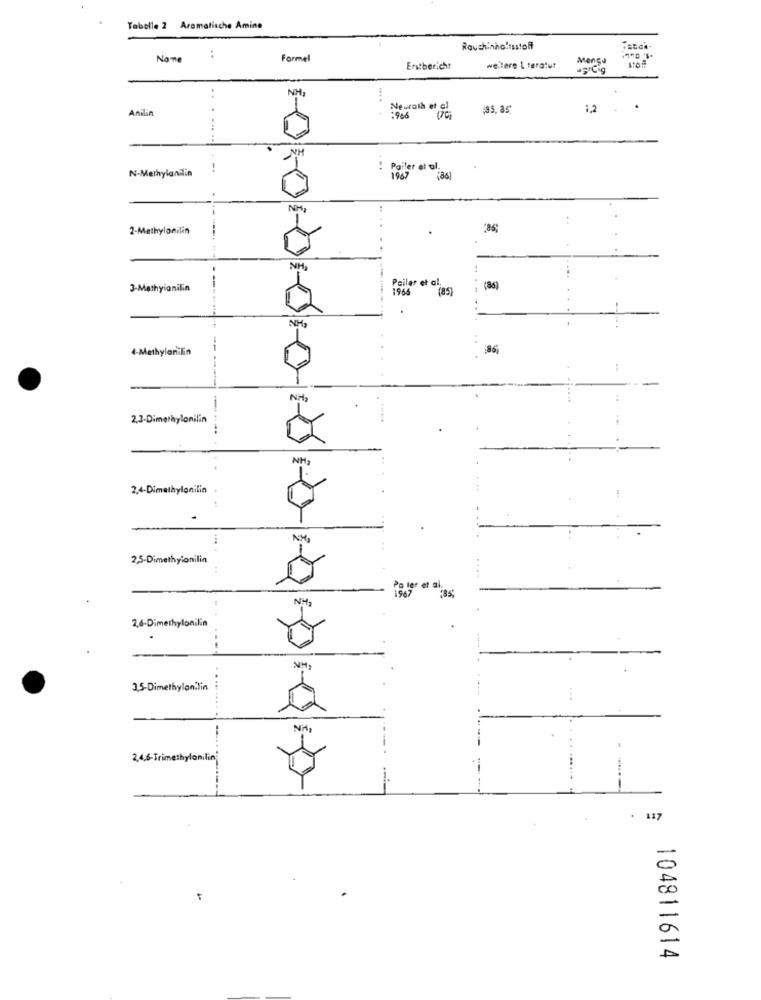
Tabelle 2 Aromatische Amine
..
Rauchinhaltsstoff
Formel
Menge
Erstbericht
weitere L teratur
NH
Anilin
Neurath et el
1,2
:908
NH
N-Methylanilin
: Poiler et al.
NH
2-Methylonilin
NH.
Pailer et al.
3-Methyianilin
--
1966
(85)
:(6)
4-Methylon lin
NH
2,3-Dimethylonilin
NH.
2,4-Dimethylanilin +
2,5-Dimethylonilin
NM.
2.6-Dimethylonilin
3,5-Dimethylan.Tin
2,4,6-Trimethylonilin
. 117
104811614